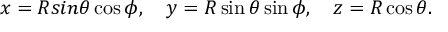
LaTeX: x = R s i n \theta \cos \phi , \quad y = R \sin \theta \sin \phi , \quad z = R \cos \theta .